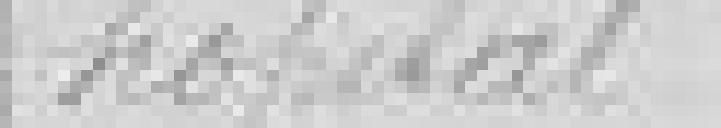
hôpital.